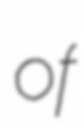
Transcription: of